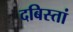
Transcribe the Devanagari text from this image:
दबिस्तां